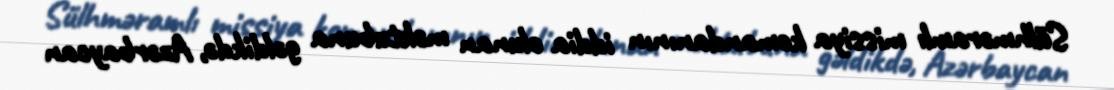
Sülhməramlı missiya komandanının iddia olunan məktubuna gəldikdə, Azərbaycan